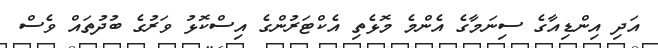
އަދި އިންޑިއާގެ ސިނަމާގެ އެންމެ މޮޅެތި އެކްޓަރުންގެ އިސްކޮޅު ވަރުގެ ބުދުތައް ވެސް